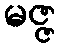
မဇ္ဇ